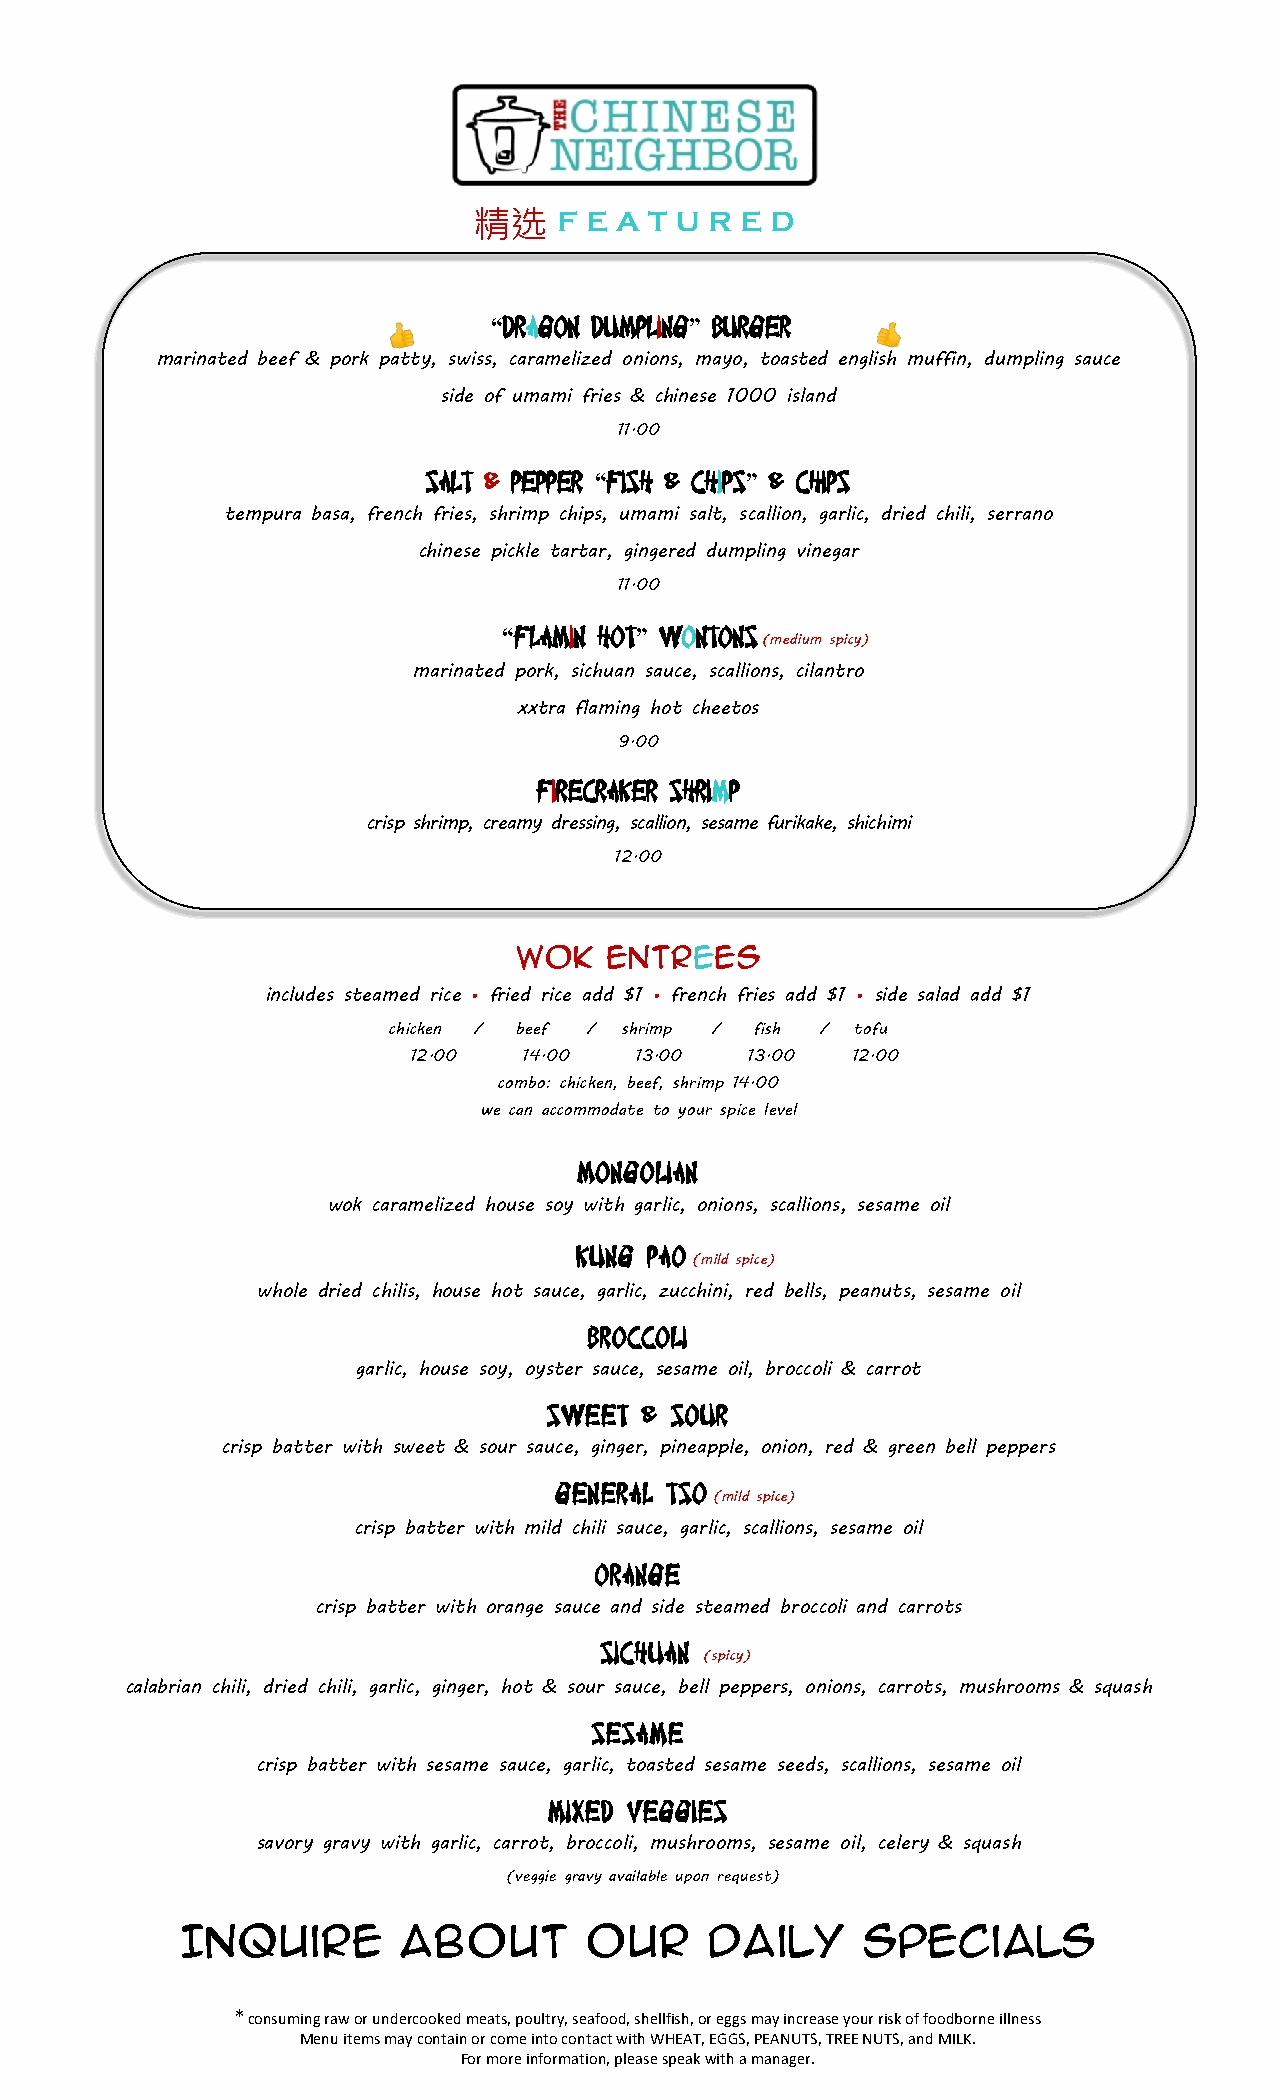
精选    F E A T U R E D
 “DRAGON DUMPLING” BURGER
 marinated beef & pork patty, swiss, caramelized onions, mayo, toasted english muffin, dumpling sauce
 side of umami fries & chinese 1000 island
 11.00
 SALT & PEPPER “FISH & CHIPS” & CHIPS
 tempura basa, french fries, shrimp chips, umami salt, scallion, garlic, dried chili, serrano
 chinese pickle tartar, gingered dumpling vinegar
 11.00
 “FLAMIN HOT” WONTONS
 (medium spicy)
 marinated pork, sichuan sauce, scallions, cilantro
 xxtra flaming hot cheetos
 9.00
 FIRECRAKER SHRIMP
 crisp shrimp, creamy dressing, scallion, sesame furikake, shichimi
 12.00
 WOK   ENTREES
 includes steamed rice • fried rice add $1 • french fries add $1 • side salad add $1
 chicken / beef / shrimp / fish / tofu
 12.00   14.00  1 3 .00 13.00 12.00
 combo: chicken, beef , shrimp 14.00
 we can accommodate to your spice level
 MONGOLIAN
 wok caramelized house soy with garlic, onions, scallions, sesame oil
 KUNG PAO
 (mild spice)
 whole dried chilis, house hot sauce, garlic, zucchini, red bells, peanuts, sesame oil
 BROCCOLI
 garlic, house soy, oyster sauce, sesame oil, broccoli & carrot
 SWEET & SOUR
 crisp batter with sweet & sour sauce, ginger, pineapple, onion, red & green bell peppers
 GENERAL TSO
 (mild spice)
 crisp batter with mild chili sauce, garlic, scallions, sesame oil
 ORANGE
 crisp batter with orange sauce and side steamed broccoli and carrots
 SICHUAN
 (spicy)
 calabrian chili, dried chili, garlic, ginger, hot & sour sauce, bell peppers, onions, carrots, mushrooms & squash
 SESAME
 crisp batter with sesame sauce, garlic, toasted sesame seeds, scallions, sesame oil
 MIXED VEGGIES
 savory gravy with garlic, carrot, broccoli, mushrooms, sesame oil, celery & squash
 (veggie gravy available upon request)
 Inquire        about       our     Daily     Specials
 * consuming raw or undercooked meats, poultry, seafood, shellfish, or eggs may increase your risk of foodborne illness
 Menu items may contain or come into contact with WHEAT, EGGS, PEANUTS, TREE NUTS, and MILK.
 For more information, please speak with a manager.